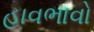
હાવભાવો